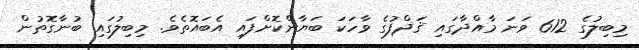
މިބިލުގެ 612 ވަނަ މާއްދާގައި ޤަޛްފުގެ ވާހަކަ ބަޔާންކޮށްފައި އެބައޮތެވެ. މިބިލުގައި ބުނާގޮތުން